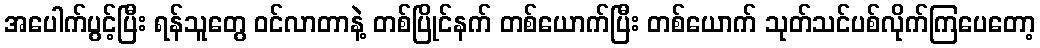
အပေါက်ပွင့်ပြီး ရန်သူတွေ ဝင်လာတာနဲ့ တစ်ပြိုင်နက် တစ်ယောက်ပြီး တစ်ယောက် သုတ်သင်ပစ်လိုက်ကြပေတော့